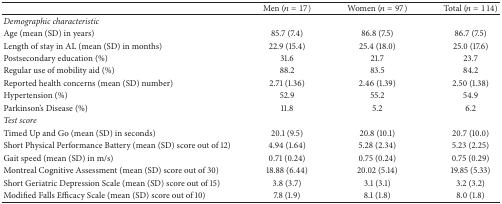
|  | Men (n = 17) | Women (n = 97) | Total (n = 114) |
 | --- | --- | --- | --- |
 | <COLSPAN=4> Demographic characteristic |
 | Age (mean (SD) in years) | 85.7 (7.4) | 86.8 (7.5) | 86.7 (7.5) |
 | Length of stay in AL (mean (SD) in months) | 22.9 (15.4) | 25.4 (18.0) | 25.0 (17.6) |
 | Postsecondary education (%) | 31.6 | 21.7 | 23.7 |
 | Regular use of mobility aid (%) | 88.2 | 83.5 | 84.2 |
 | Reported health concerns (mean (SD) number) | 2.71 (1.36) | 2.46 (1.39) | 2.50 (1.38) |
 | Hypertension (%) | 52.9 | 55.2 | 54.9 |
 | Parkinson's Disease (%) | 11.8 | 5.2 | 6.2 |
 | <COLSPAN=4> Test score |
 | Timed Up and Go (mean (SD) in seconds) | 20.1 (9.5) | 20.8 (10.1) | 20.7 (10.0) |
 | Short Physical Performance Battery (mean (SD) score out of 12) | 4.94 (1.64) | 5.28 (2.34) | 5.23 (2.25) |
 | Gait speed (mean (SD) in m/s) | 0.71 (0.24) | 0.75 (0.24) | 0.75 (0.29) |
 | Montreal Cognitive Assessment (mean (SD) score out of 30) | 18.88 (6.44) | 20.02 (5.14) | 19.85 (5.33) |
 | Short Geriatric Depression Scale (mean (SD) score out of 15) | 3.8 (3.7) | 3.1 (3.1) | 3.2 (3.2) |
 | Modified Falls Efficacy Scale (mean (SD) score out of 10) | 7.8 (1.9) | 8.1 (1.8) | 8.0 (1.8) |